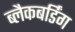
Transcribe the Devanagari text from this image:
ब्लैकबर्डिंग